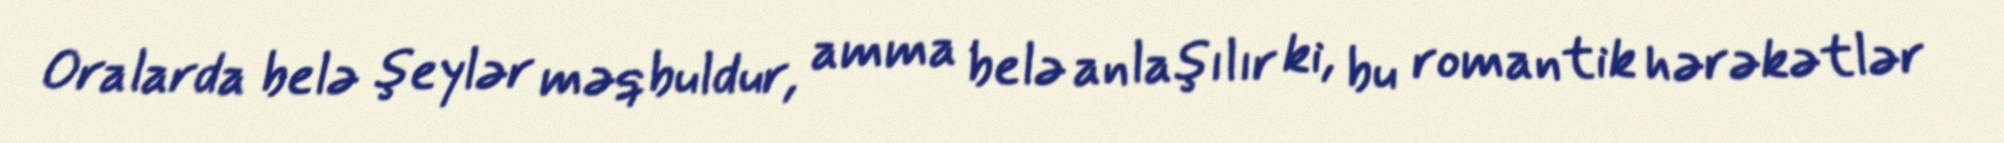
Oralarda belə şeylər məqbuldur, amma belə anlaşılır ki, bu romantik hərəkətlər